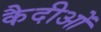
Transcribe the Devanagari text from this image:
कैदीओं